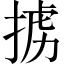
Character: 掳